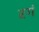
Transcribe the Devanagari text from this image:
रगं